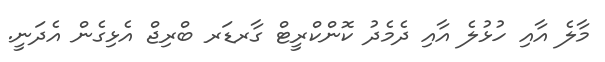
މާލެ އާއި ހުޅުލެ އާއި ދެމެދު ކޮންކްރީޓް ގާރޑަރ ބްރިޖް އެޅިގެން އެދަނީ.